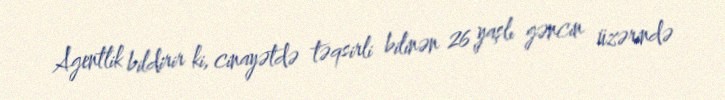
Agentlik bildirir ki, cinayətdə təqsirli bilinən 26 yaşlı gəncin üzərində